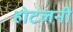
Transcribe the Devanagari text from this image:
होटलनी